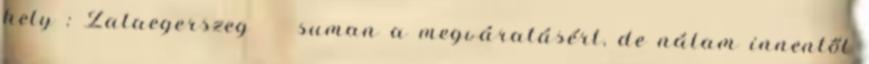
hely : Zalaegerszeg suman a megváratásért, de nálam innentől